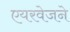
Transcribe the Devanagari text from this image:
एयरवेजने